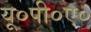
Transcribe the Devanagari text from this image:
यू०पी०ए०